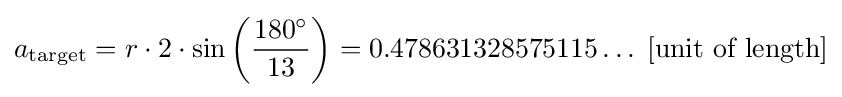
a_{\text{target}}=r\cdot 2\cdot \sin \left({\frac {180^{\circ }}{13}}\right)=0.478631328575115\ldots \;[{\text{unit of length}}]